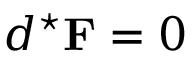
d ^ { \star } \mathbf { F } = 0